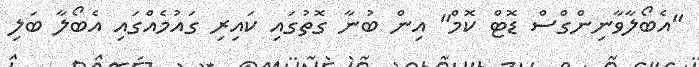
"އެބޯލާވާނިންގްސް ޑޮޓް ކޮމް" އިން ބުނާ ގޮތުގައި ކައިރި ގައުމެއްގައި އެބޯލާ ބަލި